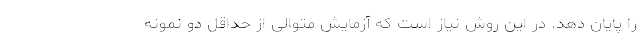
را پایان دهد. در این روش نیاز است که آزمایش متوالی از حداقل دو نمونه